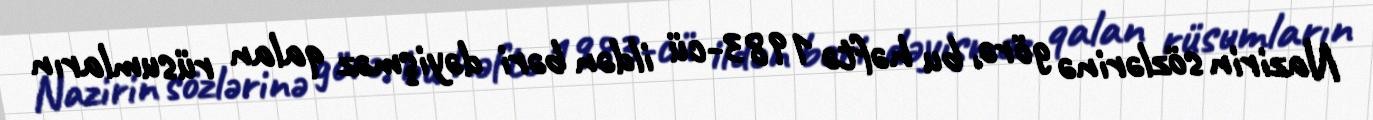
Nazirin sözlərinə görə, bu həftə 1983-cü ildən bəri dəyişməz qalan rüsumların